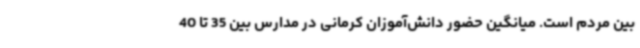
بین مردم است. میانگین حضور دانش‌آموزان کرمانی در مدارس بین 35 تا 40